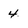
Character: 4